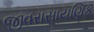
જીવરાસાયણિક